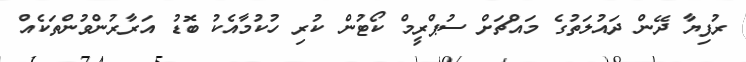
ރުފިޔާ ދޭން ދައުލަތުގެ މައްޗަށް ސުޕްރީމް ކޯޓުން ކުރި ހުކުމާއެކު ބޮޑު އަރާރުންވުންތަކެއް